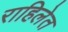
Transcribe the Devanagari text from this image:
राहिलेत